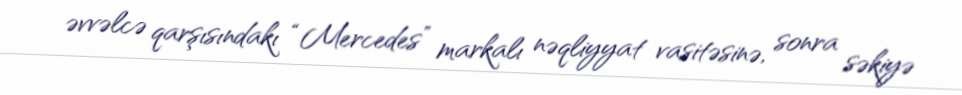
əvvəlcə qarşısındakı “Mercedes” markalı nəqliyyat vasitəsinə, sonra səkiyə